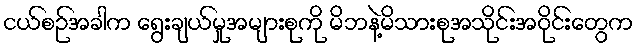
ငယ်စဉ်အခါက ရွေးချယ်မှုအများစုကို မိဘနဲ့မိသားစုအသိုင်းအဝိုင်းတွေက